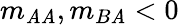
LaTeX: m_{\mathit{A}\mathit{A}},m_{B\mathit{A}}<0